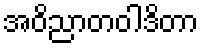
အဝိညာတဝါဒိတာ